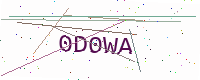
Text: 0D0WA